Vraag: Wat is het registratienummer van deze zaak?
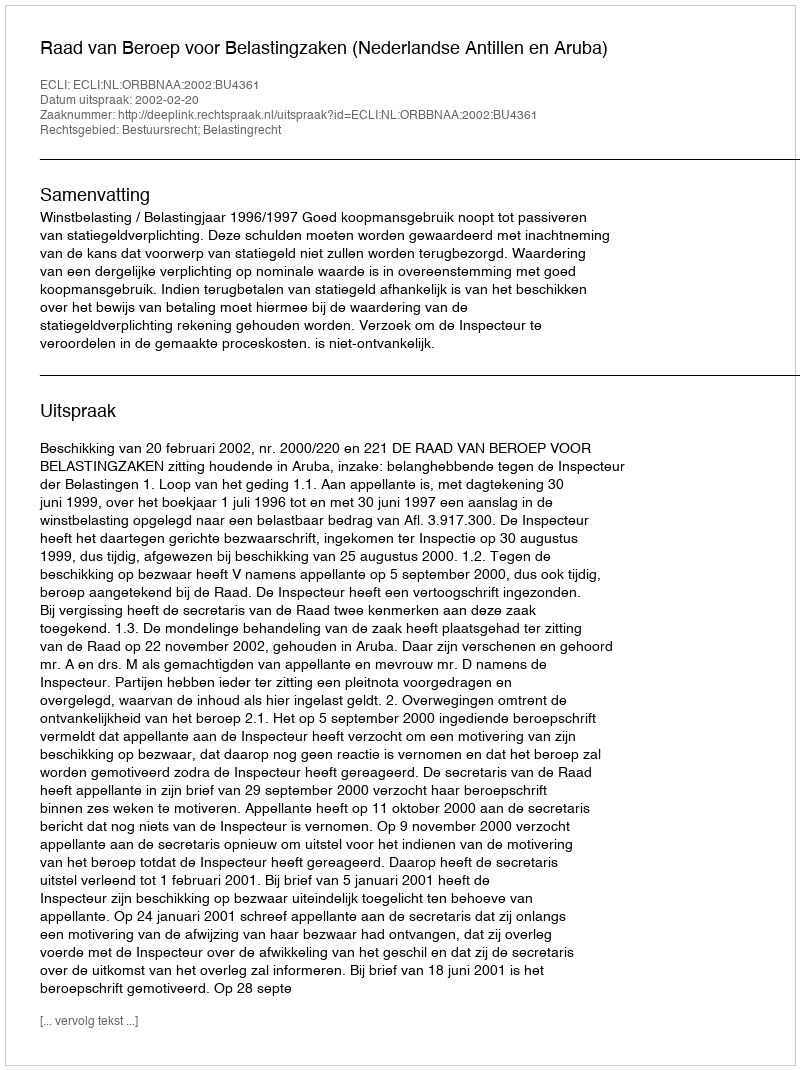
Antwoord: http://deeplink.rechtspraak.nl/uitspraak?id=ECLI:NL:ORBBNAA:2002:BU4361